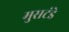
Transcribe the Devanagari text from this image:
मुसटंडे